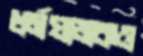
ধর্মযাজকও